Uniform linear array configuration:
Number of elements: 16
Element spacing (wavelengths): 0.5
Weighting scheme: hann
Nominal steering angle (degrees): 15
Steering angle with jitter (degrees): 15.487
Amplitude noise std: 0.05
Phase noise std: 0.05

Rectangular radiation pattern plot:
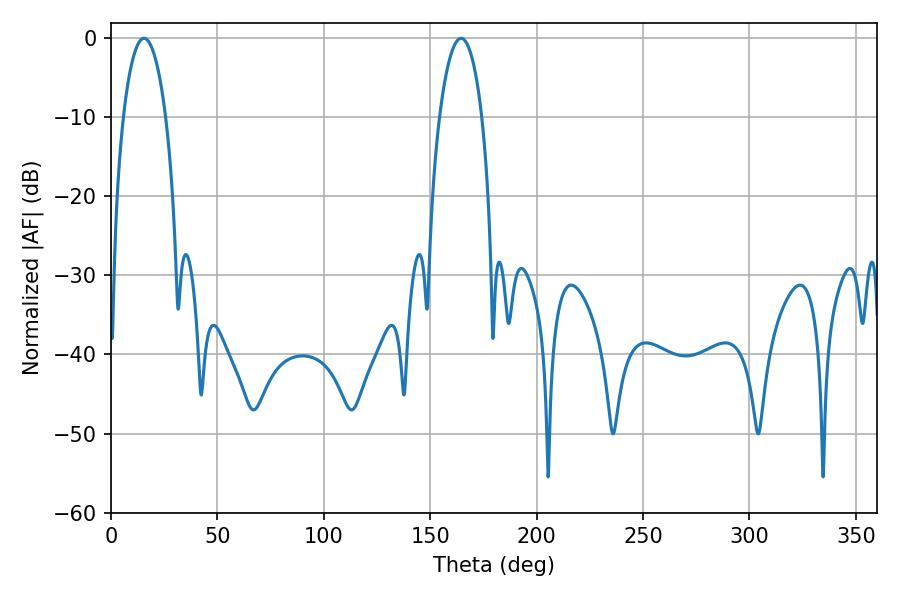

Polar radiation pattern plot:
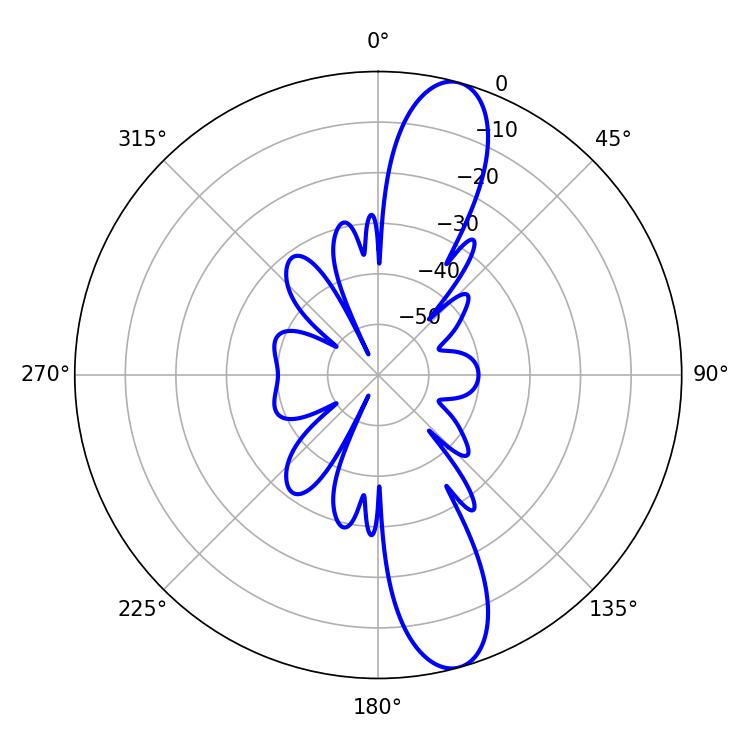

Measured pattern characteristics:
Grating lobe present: FALSE
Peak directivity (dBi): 12.559
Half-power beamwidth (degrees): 11.34
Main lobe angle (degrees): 15.48